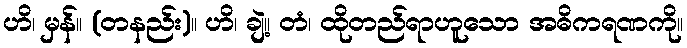
ဟိ၊ မှန်။ (တနည်း)။ ဟိ၊ ချဲ့။ တံ၊ ထိုတည်ရာဟူသော အဓိကရဏကို။